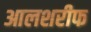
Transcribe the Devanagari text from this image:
आलशरीफ